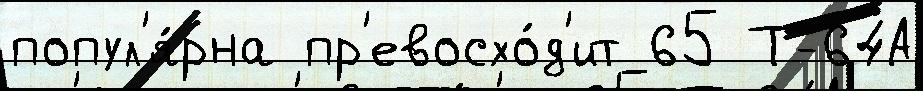
попул'я́рна пр'евосхо́д'ит 65 Т-64А